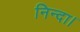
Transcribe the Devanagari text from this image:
निन्दा।